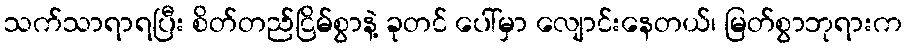
သက်သာရာရပြီး စိတ်တည်ငြိမ်စွာနဲ့ ခုတင် ပေါ်မှာ လျောင်းနေတယ်၊ မြတ်စွာဘုရားက